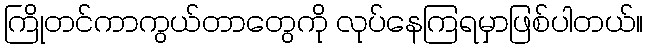
ကြိုတင်ကာကွယ်တာတွေကို လုပ်နေကြရမှာဖြစ်ပါတယ်။